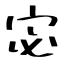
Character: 宓